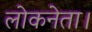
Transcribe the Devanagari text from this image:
लोकनेता।